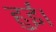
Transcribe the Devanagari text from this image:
हुई़ं।